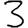
Digit: 3